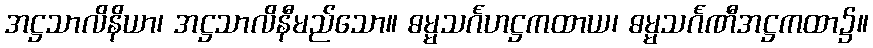
အဋ္ဌသာလိနိယာ၊ အဋ္ဌသာလိနီမည်သော။ ဓမ္မသင်္ဂဟဋ္ဌကထာယ၊ ဓမ္မသင်္ဂဏီအဋ္ဌကထာ၌။